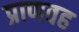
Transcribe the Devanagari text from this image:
प्राणवह